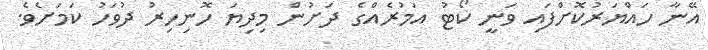
އޭނާ ހައްޔަރުކޮށްފައި ވަނީ ކޯޓު އަމުރެއްގެ ދަށުން މިދިޔަ ހޮނިހިރު ދުވަހު ކަމަށެވެ.